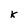
Character: k